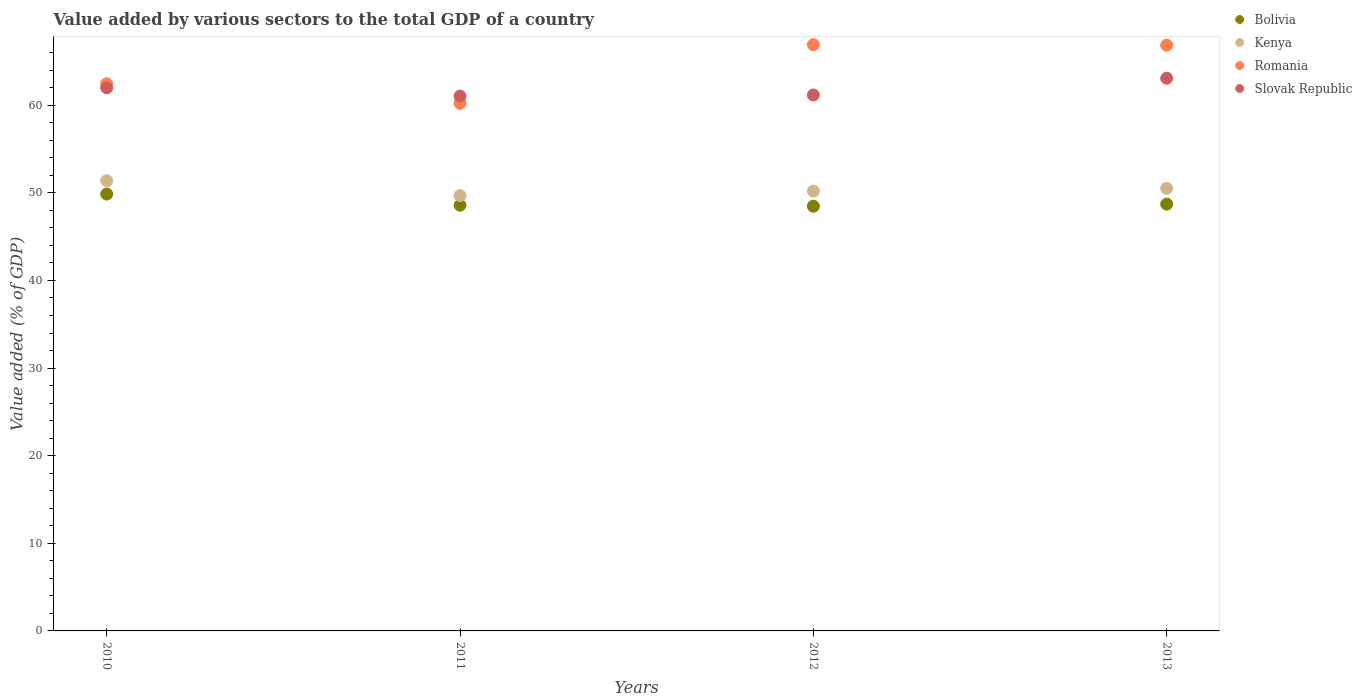
| Years | Bolivia | Kenya | Romania | Slovak Republic |
 | --- | --- | --- | --- | --- |
 | 2010 | 49.9 | 51.4 | 62.4 | 62 |
 | 2011 | 48.6 | 49.7 | 60.2 | 61 |
 | 2012 | 48.5 | 50.2 | 66.9 | 61.2 |
 | 2013 | 48.7 | 50.5 | 66.8 | 63.1 |